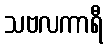
သဗလကာရီ